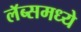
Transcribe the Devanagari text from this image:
लॅब्समध्ये